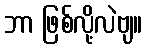
ဘာ ဖြစ်လို့လဲဗျ။